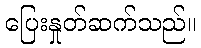
ပြေးနှုတ်ဆက်သည်။